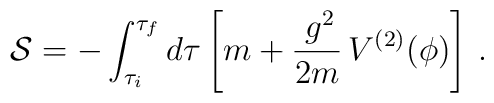
{\cal S} = -\int_{\tau_i}^{\tau_f} d\tau\left[m + \frac{\,g^2}{2m}\,V^{(2)}(\phi)\right]\,.